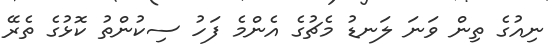
ނިއުގެ ތިން ވަނަ ލަނޑު މެޗުގެ އެންމެ ފަހު ސިކުންތު ކޮޅުގެ ތެރޭ